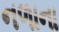
નળાના